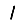
Digit: 1